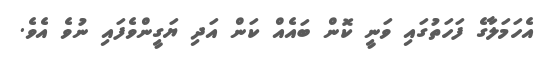
އެހަމަލާގެ ފަހަތުގައި ވަނީ ކޮން ބައެއް ކަން އަދި ޔަގީންވެފައި ނުވެ އެވެ.